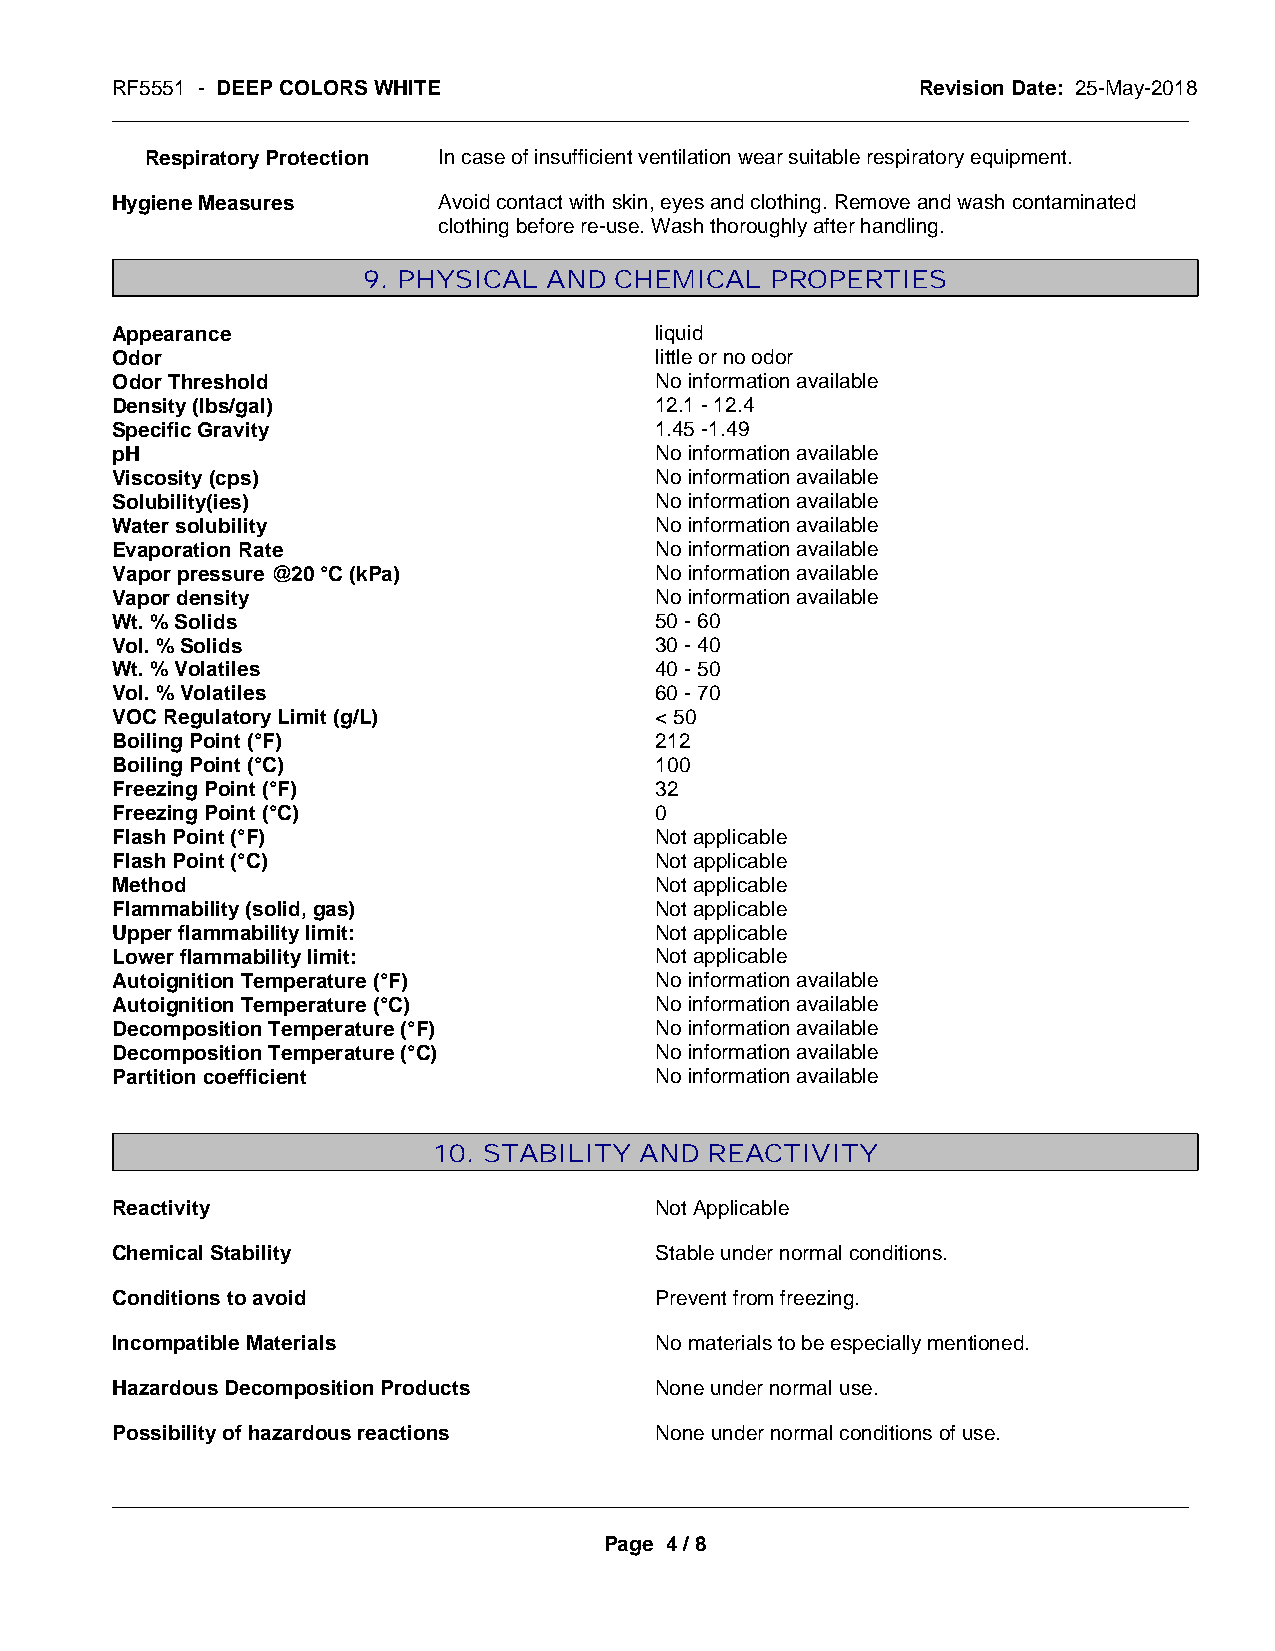
RF5551 - DEEP COLORS WHITE                            Revision Date: 25-May-2018
 _____________________________________________________________________________________________
 Respiratory Protection In case of insufficient ventilation wear suitable respiratory equipment.
 Hygiene Measures      Avoid contact with skin, eyes and clothing. Remove and wash contaminated
 clothing before re-use. Wash thoroughly after handling.
 9. PHYSICAL AND  CHEMICAL  PROPERTIES
 Appearance                          liquid
 Odor                                little or no odor
 Odor Threshold                      No information available
 Density (lbs/gal)                   12.1 - 12.4
 Specific Gravity                    1.45 -1.49
 pH                                  No information available
 Viscosity (cps)                     No information available
 Solubility(ies)                     No information available
 Water solubility                    No information available
 Evaporation Rate                    No information available
 Vapor pressure @20 °C (kPa)         No information available
 Vapor density                       No information available
 Wt. % Solids                        50 - 60
 Vol. % Solids                       30 - 40
 Wt. % Volatiles                     40 - 50
 Vol. % Volatiles                    60 - 70
 VOC Regulatory Limit (g/L)          < 50
 Boiling Point (°F)                  212
 Boiling Point (°C)                  100
 Freezing Point (°F)                 32
 Freezing Point (°C)                 0
 Flash Point (°F)                    Not applicable
 Flash Point (°C)                    Not applicable
 Method                              Not applicable
 Flammability (solid, gas)           Not applicable
 Upper flammability limit:           Not applicable
 Lower flammability limit:           Not applicable
 Autoignition Temperature (°F)       No information available
 Autoignition Temperature (°C)       No information available
 Decomposition Temperature (°F)      No information available
 Decomposition Temperature (°C)      No information available
 Partition coefficient               No information available
 10. STABILITY AND REACTIVITY
 Reactivity                          Not Applicable
 Chemical Stability                  Stable under normal conditions.
 Conditions to avoid                 Prevent from freezing.
 Incompatible Materials              No materials to be especially mentioned.
 Hazardous Decomposition Products    None under normal use.
 Possibility of hazardous reactions  None under normal conditions of use.
 _____________________________________________________________________________________________
 Page 4 / 8